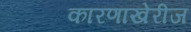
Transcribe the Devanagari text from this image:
कारणाखेरीज